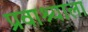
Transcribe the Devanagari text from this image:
प्रवाश्याला